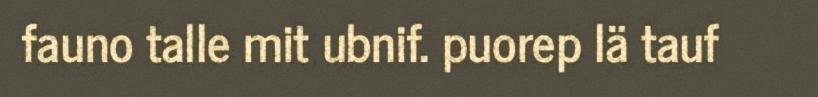
fauno talle mit ubnif. puorep lä tauf